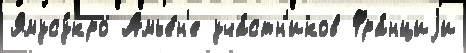
Ямусу́кро Амье́н'е уча́стн'иков Фра́нциjи